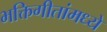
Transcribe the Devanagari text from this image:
भक्तिगीतांमध्ये